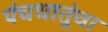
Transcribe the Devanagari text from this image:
पंचधातूंचा